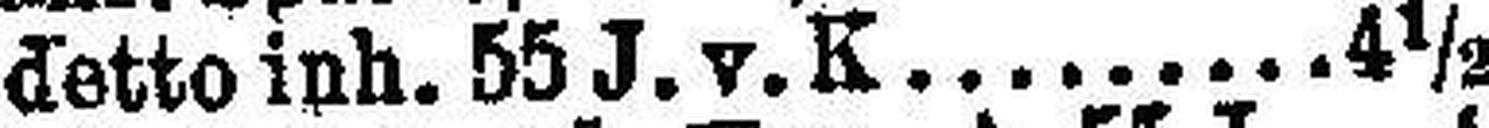
detto inh. 55 J. v. K. 4½